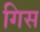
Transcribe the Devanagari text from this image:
गिस